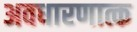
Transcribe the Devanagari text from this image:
अवधारणात्क